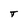
Character: T